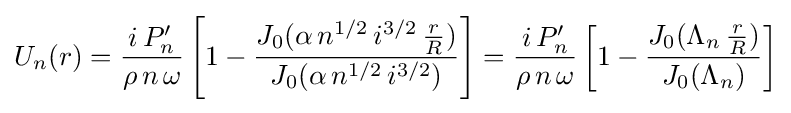
U_{n}(r)={\frac {i\,P'_{n}}{\rho \,n\,\omega }}\left[1-{\frac {J_{0}(\alpha \,n^{1/2}\,i^{3/2}\,{\frac {r}{R}})}{J_{0}(\alpha \,n^{1/2}\,i^{3/2})}}\right]={\frac {i\,P'_{n}}{\rho \,n\,\omega }}\left[1-{\frac {J_{0}(\Lambda _{n}\,{\frac {r}{R}})}{J_{0}(\Lambda _{n})}}\right]